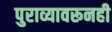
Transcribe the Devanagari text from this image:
पुराव्यावरूनही